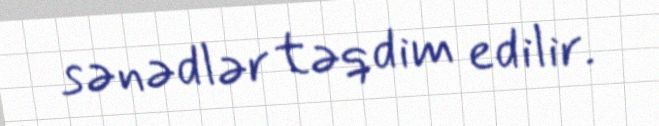
sənədlər təqdim edilir.